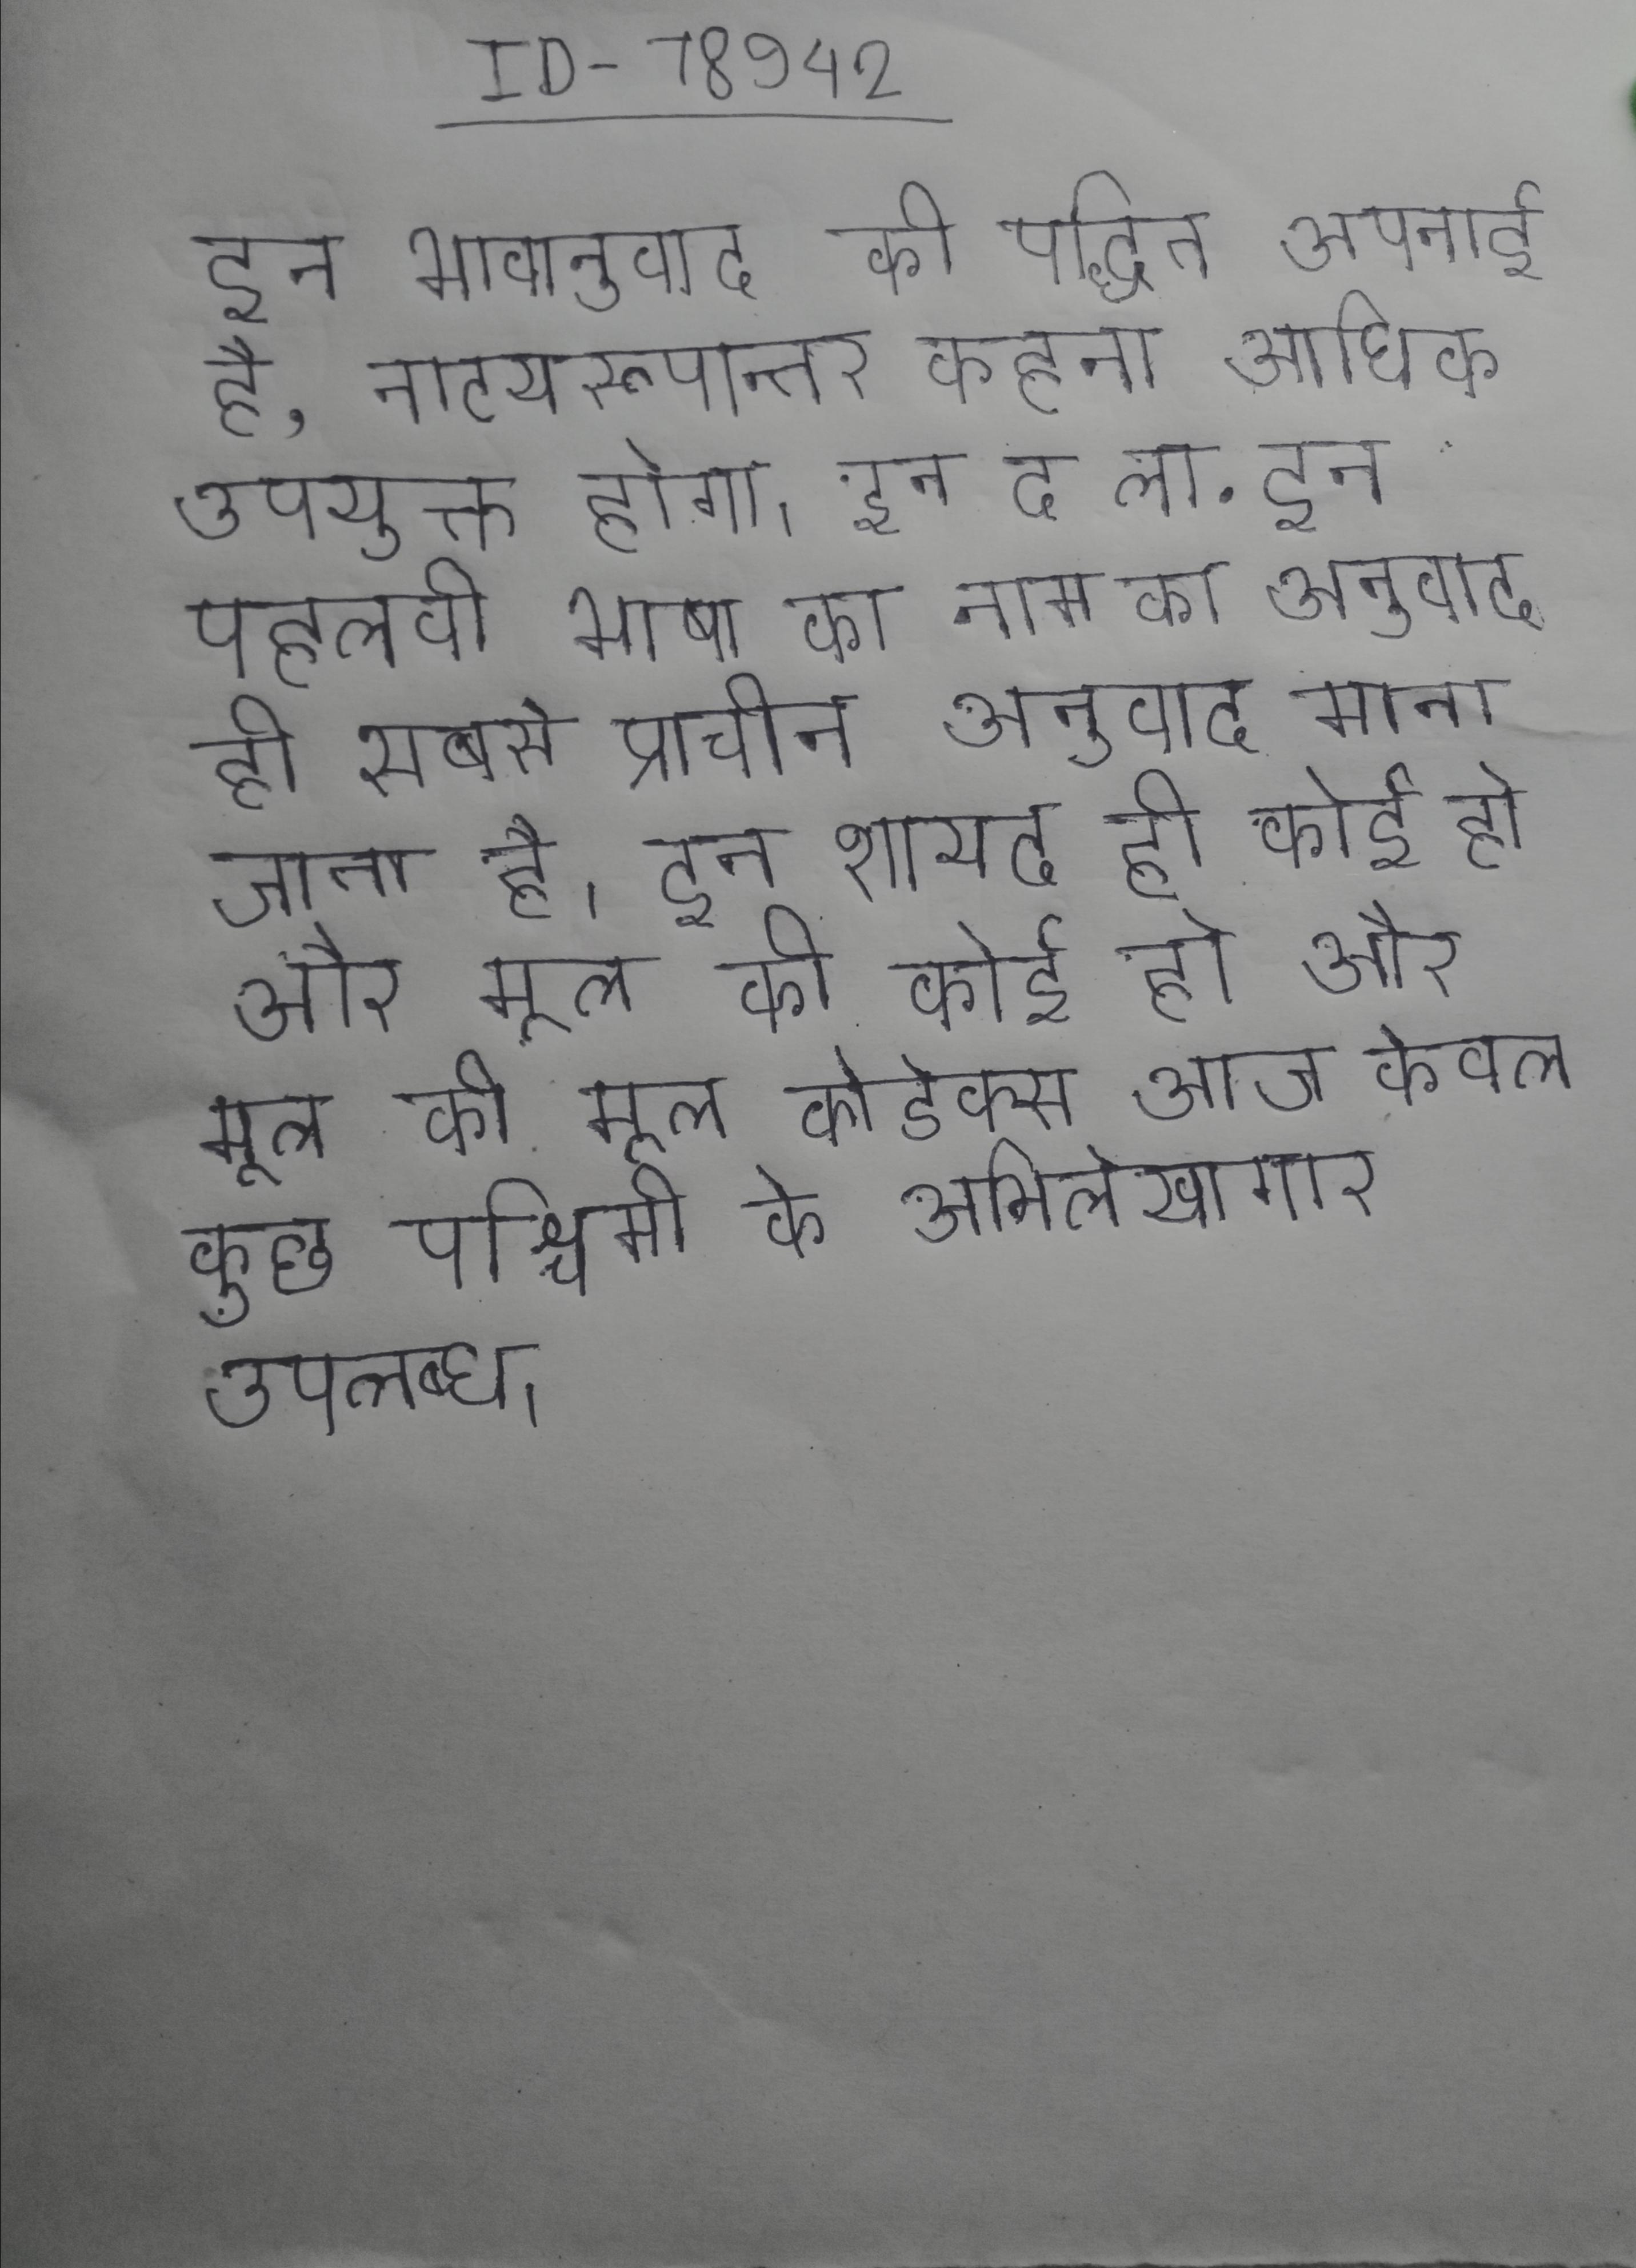
इन भावानुवाद की पद्धित अपनाई है, नाटयरूपान्तर कहना अधिक उपयुक्त होगा । इन द ला . इन पहलवी भाषा का नाम का अनुवाद ही सबसे प्राचीन अनुवाद माना जाता है । इन शायद ही कोई हो और मूल की मूल कोडेक्स आज केवल कुछ पश्चिमी के अभिलेखागार उपलब्ध ।